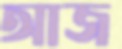
আজ